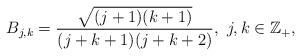
LaTeX: \begin{align*}B_{j,k}=\frac{\sqrt{(j+1)(k+1)}}{(j+k+1)(j+k+2)},\ j,k\in\mathbb{Z}_{+},\end{align*}